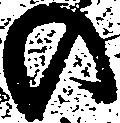
の